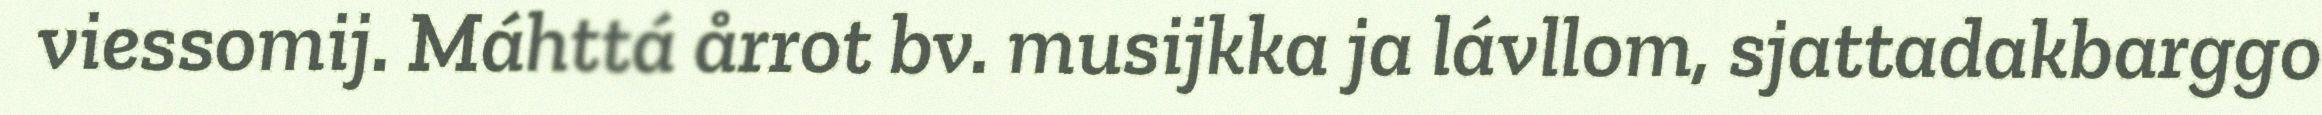
viessomij. Máhttá årrot bv. musijkka ja lávllom, sjattadakbarggo